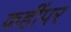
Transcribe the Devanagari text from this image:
कहींपर